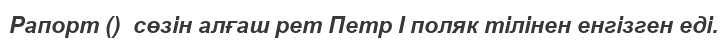
Рапорт ()  сөзін алғаш рет Петр І поляк тілінен енгізген еді.